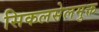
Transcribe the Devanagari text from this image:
सिकलसेलमुक्त